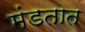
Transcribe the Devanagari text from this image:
मंडतात